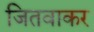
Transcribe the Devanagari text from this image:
जितवाकर